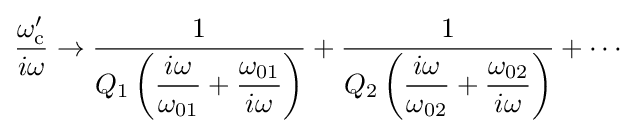
{\frac {\omega _{\text{c}}'}{i\omega }}\to {\dfrac {1}{Q_{1}\left({\dfrac {i\omega }{\omega _{01}}}+{\dfrac {\omega _{01}}{i\omega }}\right)}}+{\dfrac {1}{Q_{2}\left({\dfrac {i\omega }{\omega _{02}}}+{\dfrac {\omega _{02}}{i\omega }}\right)}}+\cdots